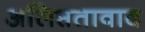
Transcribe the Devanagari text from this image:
अलिप्ततावाद